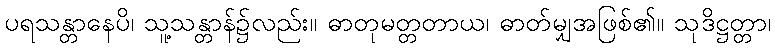
ပရသန္တာနေပိ၊ သူ့သန္တာန်၌လည်း။ ဓာတုမတ္တတာယ၊ ဓာတ်မျှအဖြစ်၏။ သုဒိဋ္ဌတ္တာ၊